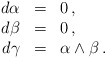
\begin{align*}\begin{array}{rcl}d \alpha & = & 0\,, \\d \beta &=& 0\,,\\d\gamma & = & \alpha \wedge \beta\,.\end{array} \end{align*}